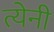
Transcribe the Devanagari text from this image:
त्येनी